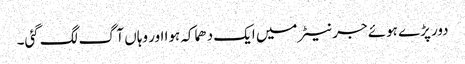
دور پڑے ہوئے جرنیٹر میں ایک دھماکہ ہوا اور وہاں آگ لگ گئی۔